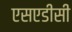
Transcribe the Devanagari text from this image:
एसएडीसी